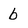
Character: b